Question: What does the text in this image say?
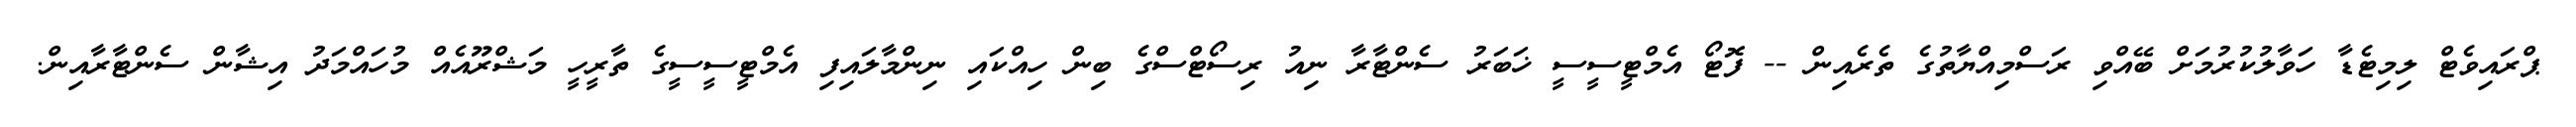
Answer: ޕްރައިވެޓް ލިމިޓެޑާ ހަވާލުކުރުމަށް ބޭއްވި ރަސްމިއްޔާތުގެ ތެރެއިން -- ފޮޓޯ އެމްޓީސީސީ ޚަބަރު ސެންޓާރާ ނިއު ރިސޯޓްސްގެ ބިން ހިއްކައި ނިންމާލައިފި އެމްޓީސީސީގެ ތާރީހީ މަޝްރޫއެއް މުހައްމަދު އިޝާން ސެންޓާރާއިން.